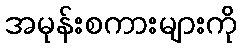
အမုန်းစကားများကို